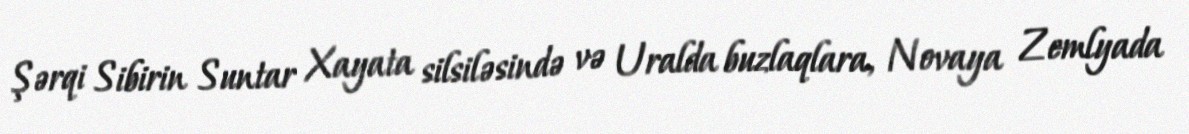
Şərqi Sibirin Suntar Xayata silsiləsində və Uralda buzlaqlara, Novaya Zemlyada